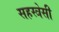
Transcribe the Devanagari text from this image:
सहस्त्रेसी